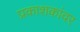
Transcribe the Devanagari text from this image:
प्रकाशकांवर